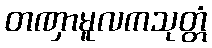
တဏှာမူလကသုတ္တံ